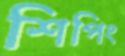
শিপিং